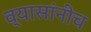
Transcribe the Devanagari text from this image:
व्यासांनीच